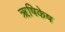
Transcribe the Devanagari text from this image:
ॠषिकेष